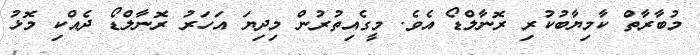
މުބާރާތް ކާމިޔާބުކުރި ރޮނާލްޑޯ އެވެ. މީގެއިތުރުން މިދިޔަ އަހަރު ރޮނާލްޑޯ ދެއްކި މޮޅު